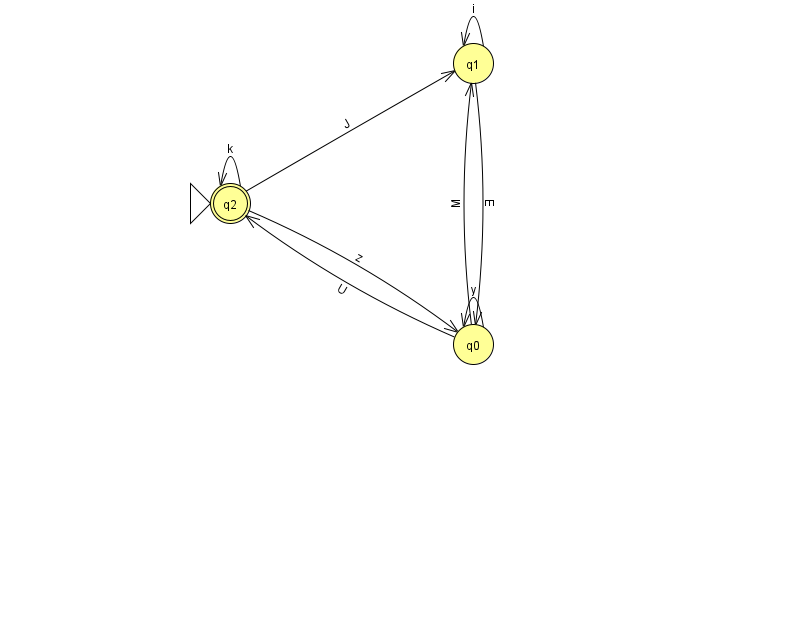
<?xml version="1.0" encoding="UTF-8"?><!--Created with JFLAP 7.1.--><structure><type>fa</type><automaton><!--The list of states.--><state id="0" name="q0"><x>473.0</x><y>331.0</y></state><state id="1" name="q1"><x>473.0</x><y>50.0</y></state><state id="2" name="q2"><x>230.0</x><y>190.0</y><initial/><final/></state><!--The list of transitions.--><transition><from>0</from><to>2</to><read>U</read></transition><transition><from>1</from><to>0</to><read>E</read></transition><transition><from>0</from><to>0</to><read>y</read></transition><transition><from>1</from><to>1</to><read>i</read></transition><transition><from>2</from><to>1</to><read>J</read></transition><transition><from>0</from><to>1</to><read>M</read></transition><transition><from>2</from><to>2</to><read>k</read></transition><transition><from>2</from><to>0</to><read>z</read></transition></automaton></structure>